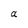
Character: a